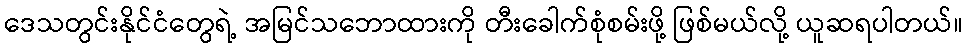
ဒေသတွင်းနိုင်ငံတွေရဲ့ အမြင်သဘောထားကို တီးခေါက်စုံစမ်းဖို့ ဖြစ်မယ်လို့ ယူဆရပါတယ်။